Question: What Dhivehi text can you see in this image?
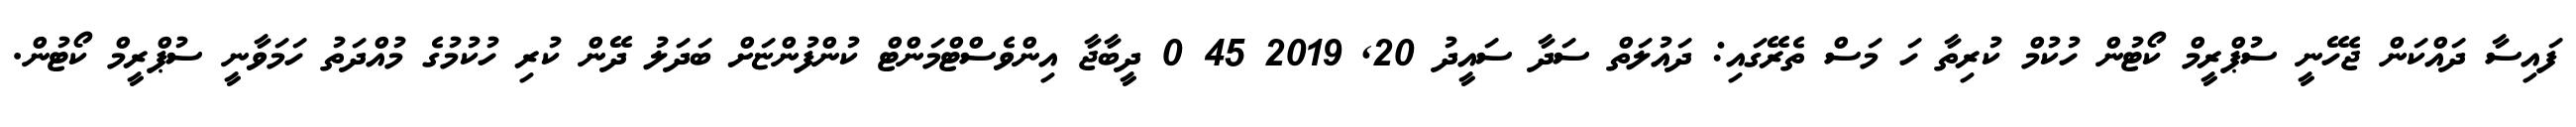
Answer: ފައިސާ ދައްކަން ޖެހޭނީ ސުޕްރީމް ކޯޓުން ހުކުމް ކުރިތާ ހަ މަސް ތެރޭގައި: ދައުލަތް ސަދާ ސައީދު 20, 2019 45 0 ދީބާޖާ އިންވެސްޓްމަންޓް ކުންފުންޏަށް ބަދަލު ދޭން ކުރި ހުކުމުގެ މުއްދަތު ހަމަވާނީ ސުޕްރީމް ކޯޓުން.